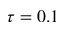
\tau = 0 . 1